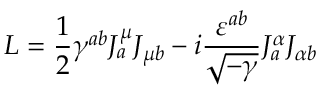
L = \frac { 1 } { 2 } \gamma ^ { a b } J _ { a } ^ { \mu } J _ { \mu b } - i \frac { \varepsilon ^ { a b } } { \sqrt { - \gamma } } J _ { a } ^ { \alpha } J _ { \alpha b } \nonumber